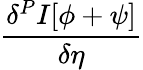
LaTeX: \frac{\delta^{P}I[\phi+\psi]}{\delta\eta}